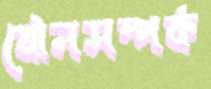
যৌনসম্পর্ক